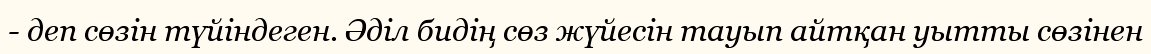
- деп сөзін түйіндеген. Әділ бидің сөз жүйесін тауып айтқан уытты сөзінен